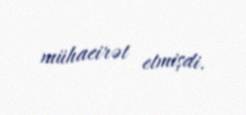
mühacirət etmişdi.